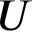
U